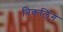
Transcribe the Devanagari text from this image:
त्रिकलिंग